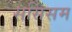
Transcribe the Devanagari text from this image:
ससिसम